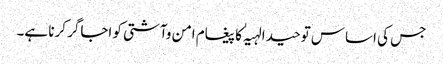
جس کی اساس توحید الہیہٰ کا پیغام امن وآشتی کو اجاگر کرنا ہے۔